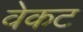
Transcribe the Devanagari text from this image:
वेकट